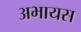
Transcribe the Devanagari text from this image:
अभायस